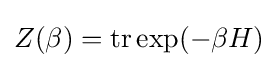
Z(\beta )=\mathrm {tr} \exp(-\beta H)